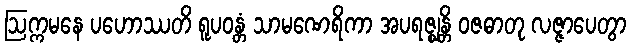
ဩက္ကမနေ ပဟောဿတိ ရူပဝန္တံ သာမဏေရိကာ အပရဇ္ဈန္တိ ဝဇဓာတု လဇ္ဇာပေတွာ